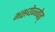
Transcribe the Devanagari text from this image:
भक्षयेज्ज्पेत्